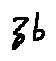
z b